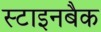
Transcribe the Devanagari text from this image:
स्टाइनबैक